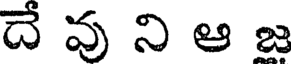
దే వు ని ఆ జ